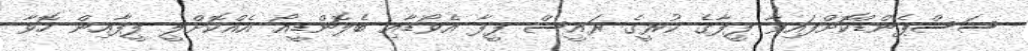
ސަސްޕެންޑްކޮށްފައިވާ ފީފާގެ ކުރީގެ ރައީސް ފީފާ އެވޯޑާއި ބެލޮންޑީއޯ އެއްކޮށްލީ ފީފާއިން ހޮވާ